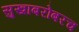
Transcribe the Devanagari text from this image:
सुखाबरोबरच